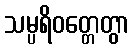
သမ္ပရိဝတ္တေတွာ